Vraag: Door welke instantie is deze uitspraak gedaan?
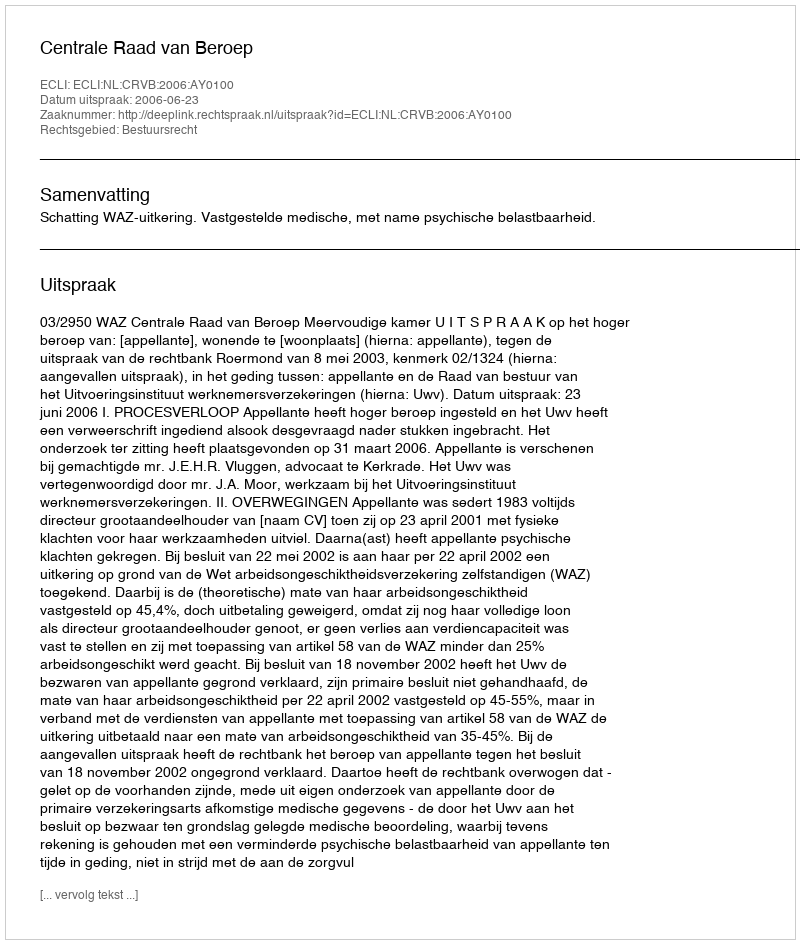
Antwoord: Centrale Raad van Beroep